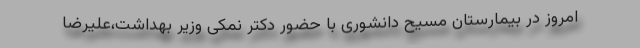
امروز در بیمارستان مسیح دانشوری با حضور دکتر نمکی وزیر بهداشت،علیرضا